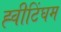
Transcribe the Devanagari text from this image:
ह्वीटिंघम